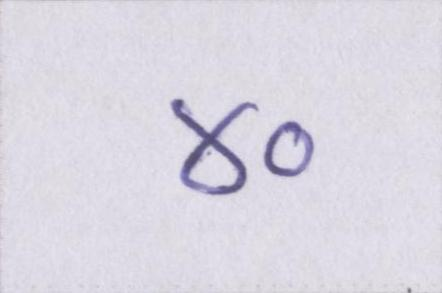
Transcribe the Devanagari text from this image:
४०